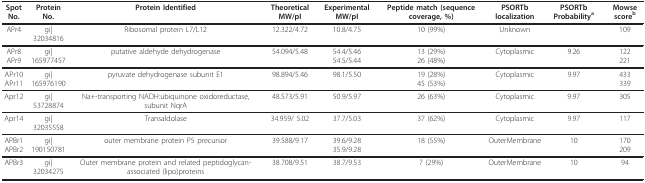
<table><thead><tr><td><b>Spot No.</b></td><td><b>Protein No.</b></td><td><b>Protein Identified</b></td><td><b>Theoretical MW/pI</b></td><td><b>Experimental MW/pI</b></td><td><b>Peptide match (sequence coverage, %)</b></td><td><b>PSORTb localization</b></td><td><b>PSORTb Probability<sup>a</sup></b></td><td><b>Mowse score<sup>b</sup></b></td></tr></thead><tbody><tr><td>APr4</td><td>gi|32034816</td><td>Ribosomal protein L7/L12</td><td>12.322/4.72</td><td>10.8/4.75</td><td>10 (99%)</td><td>Unknown</td><td></td><td>109</td></tr><tr><td>APr8APr9</td><td>gi|165977457</td><td>putative aldehyde dehydrogenase</td><td>54.094/5.48</td><td>54.4/5.4654.5/5.44</td><td>13 (29%)26 (48%)</td><td>Cytoplasmic</td><td>9.26</td><td>122221</td></tr><tr><td>APr10APr11</td><td>gi|165976190</td><td>pyruvate dehydrogenase subunit E1</td><td>98.894/5.46</td><td>98.1/5.50</td><td>19 (28%)45 (53%)</td><td>Cytoplasmic</td><td>9.97</td><td>433339</td></tr><tr><td>Apr12</td><td>gi|53728874</td><td>Na+-transporting NADH:ubiquinone oxidoreductase, subunit NqrA</td><td>48.573/5.91</td><td>50.9/5.97</td><td>26 (63%)</td><td>Cytoplasmic</td><td>9.97</td><td>305</td></tr><tr><td>Apr14</td><td>gi|32035558</td><td>Transaldolase</td><td>34.959/ 5.02</td><td>37.7/5.03</td><td>37 (62%)</td><td>Cytoplasmic</td><td>9.97</td><td>117</td></tr><tr><td>APBr1APBr2</td><td>gi|190150781</td><td>outer membrane protein P5 precursor</td><td>39.588/9.17</td><td>39.6/9.2835.9/9.28</td><td>18 (55%)</td><td>OuterMembrane</td><td>10</td><td>170209</td></tr><tr><td>APBr3</td><td>gi|32034275</td><td>Outer membrane protein and related peptidoglycan-associated (lipo)proteins</td><td>38.708/9.51</td><td>38.7/9.53</td><td>7 (29%)</td><td>OuterMembrane</td><td>10</td><td>94</td></tr></tbody></table>